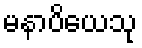
မနာပိယေသု